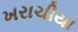
ખરાચીયા